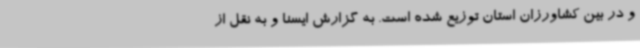
و در بین کشاورزان استان توزیع شده است. به گزارش ایسنا و به نقل از